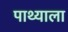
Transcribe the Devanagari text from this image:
पाथ्याला